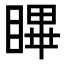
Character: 𭿑